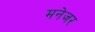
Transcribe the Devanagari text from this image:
मनेजर